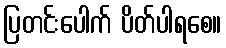
ပြတင်းပေါက် ပိတ်ပါရစေ။